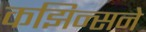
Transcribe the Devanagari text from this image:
कझिन्सने